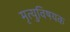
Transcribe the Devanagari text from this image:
मृत्युविषयक